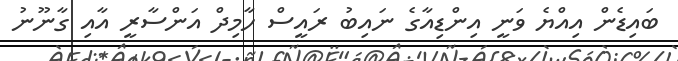
ބައިޑެން އިއްޔެ ވަނީ އިންޑިއާގެ ނައިބު ރައީސް ހާމިދް އަންސާރީ އާއި ގާނޫނު